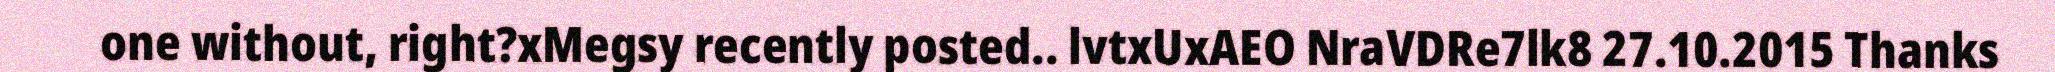
one without, right?xMegsy recently posted.. lvtxUxAEO NraVDRe7lk8 27.10.2015 Thanks